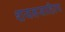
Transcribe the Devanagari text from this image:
शयनसाहित्य